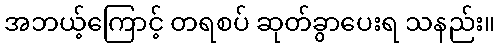
အဘယ့်ကြောင့် တရစပ် ဆုတ်ခွာပေးရ သနည်း။